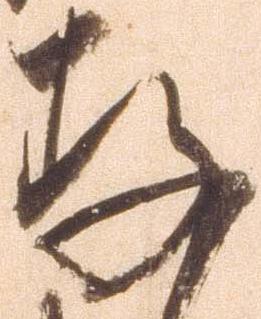
存